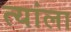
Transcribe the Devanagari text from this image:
त्यांला